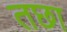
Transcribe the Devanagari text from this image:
तछा